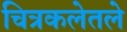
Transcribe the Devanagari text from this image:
चित्रकलेतले